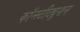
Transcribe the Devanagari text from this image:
कॉन्‍स्‍टीट्यूशन